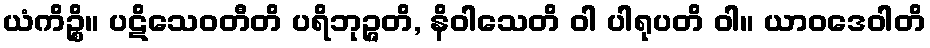
ယံကိဉ္စိ။ ပဋိသေဝတီတိ ပရိဘုဉ္ဇတိ, နိဝါသေတိ ဝါ ပါရုပတိ ဝါ။ ယာဝဒေဝါတိ